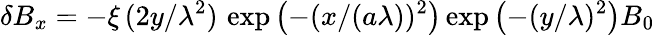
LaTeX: {\delta B_{x}=-\xi\, (2y/\lambda^{2})\, \exp\left(-(x/(a\lambda))^{2}\right)\exp\left(-(y/\lambda)^{2}\right)B_{0}}